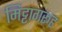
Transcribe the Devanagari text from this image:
मिट्टागरूह